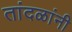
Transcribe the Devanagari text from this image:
तांदळांनी